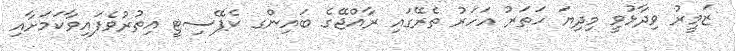
ޒަމީރު ވިދާޅުވީ މިދިޔަ ހަތަރު އަހަރު ތެރޭގައި ރާއްޖޭގެ ބައިންގ ކެޕޭސިޓީ އިތުރުވެފައިވާކަމަށާއި